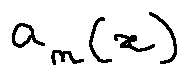
a _ { n } ( x )